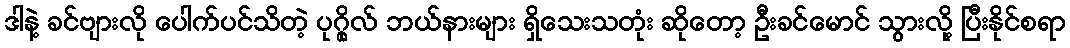
ဒါနဲ့ ခင်ဗျားလို ပေါက်ပင်သိတဲ့ ပုဂ္ဂိုလ် ဘယ်နားများ ရှိသေးသတုံး ဆိုတော့ ဦးခင်မောင် သွားလို့ ပြီးနိုင်စရာ